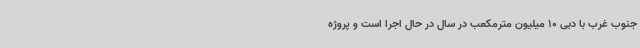
جنوب غرب با دبی 10 میلیون مترمکعب در سال در حال اجرا است و پروژه